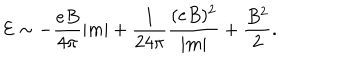
{ \cal { E } } \sim - \frac { e B } { 4 \pi } | m | + \frac { 1 } { 2 4 \pi } \frac { ( e B ) ^ { 2 } } { | m | } + \frac { B ^ { 2 } } { 2 } .